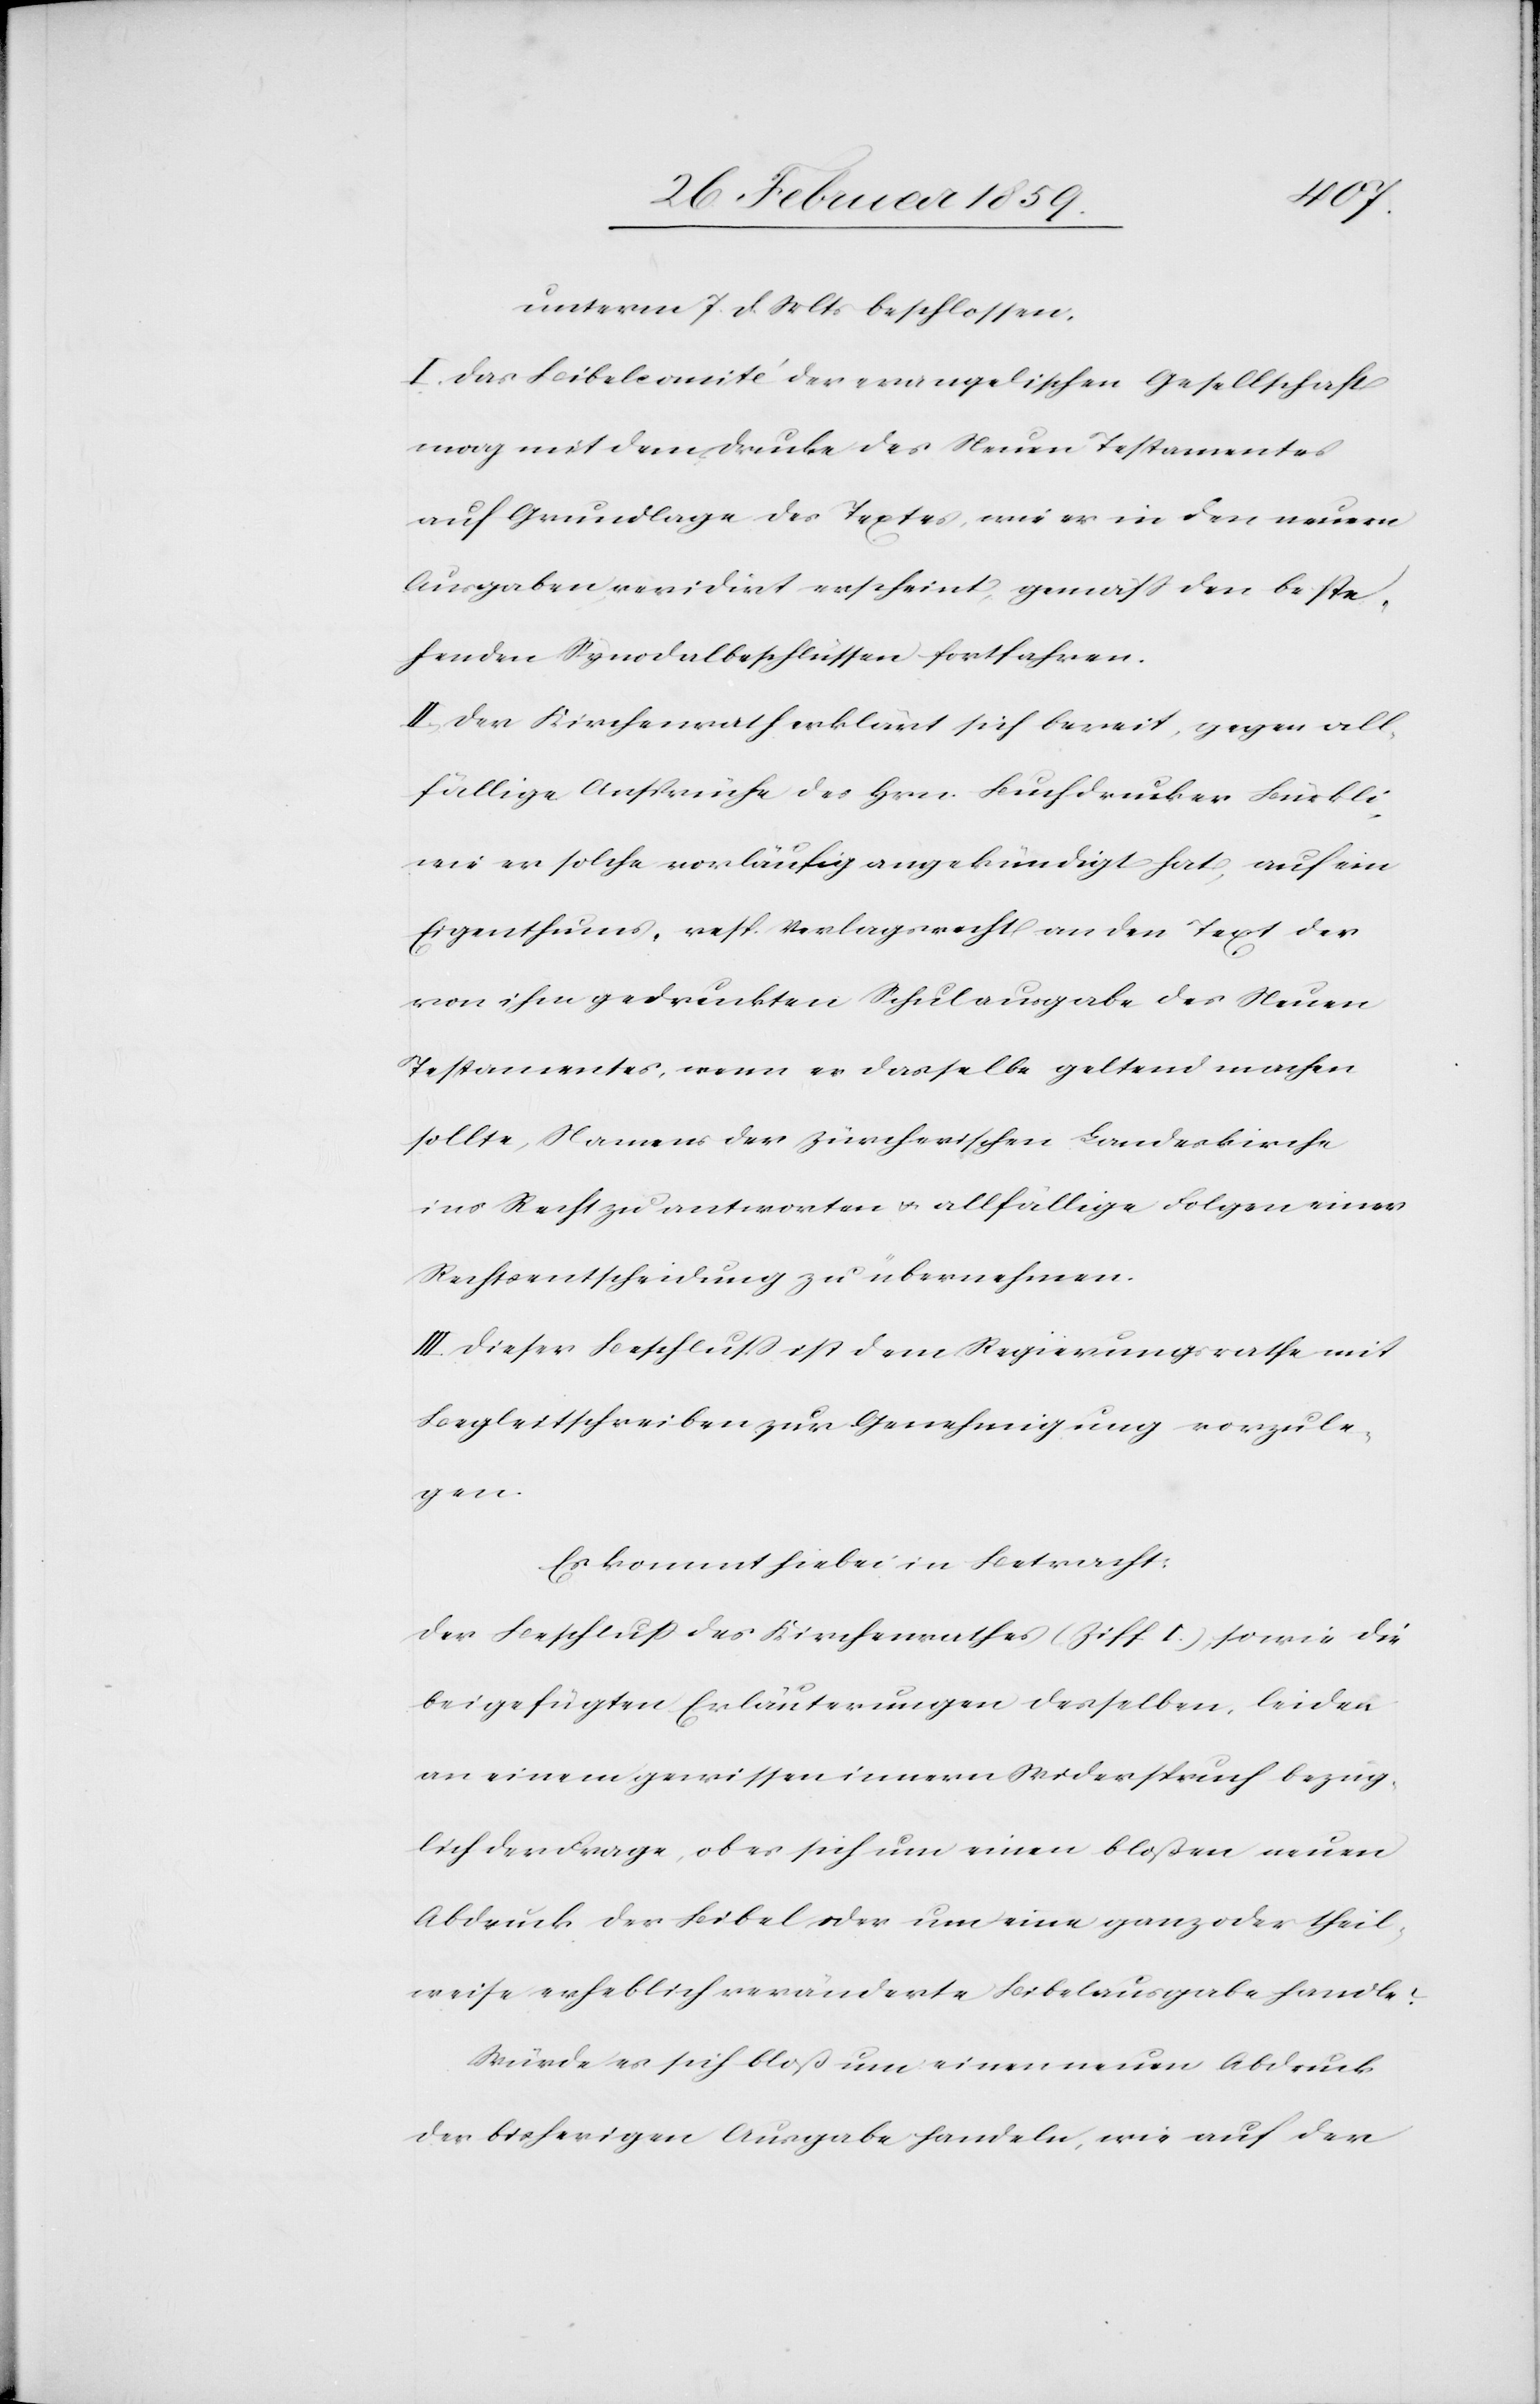
unterm 7. d. Mts beschlossen:
I. Das Bibelcomité der evangelischen Gesellschaft
mag mit dem Drucke des Neuen Testamentes
auf Grundlage des Textes, wie er in den neuern
Ausgaben revidirt erscheint, gemäß den beste¬
henden Synodalbeschlüssen fortfahren.
II. Der Kirchenrath erklärt sich bereit, gegen all¬
fällige Ansprüche des Hrn. Buchdrucker Bürkli,
wie er solche vorläufig angekündigt hat, auf ein
Eigenthums- resp. Verlagsrecht an den Text der
von ihm gedruckten Schulausgabe des Neuen
Testamentes, wenn er dasselbe geltend machen
sollte, Namens der zürcherischen Landeskirche
ins Recht zu antworten u. allfällige Folgen einer
Rechtsentscheidung zu übernehmen.
III. Dieser Beschluß ist dem Regierungsrathe mit
Begleitschreiben zur Genehmigung vorzule¬
gen.
Der Beschluß des Kirchenrathes (Ziff I.), sowie die
beigefügten Erläuterungen desselben, leiden
an einem gewissen innern Widerspruch bezüg¬
lich der Frage, ob es sich um einen bloßen neuen
Abdruck der Bibel oder um eine ganz oder theil¬
weise erheblich veränderte Bibelausgabe handle:
Würde es sich bloß um einen neuen Abdruck
der bisherigen Ausgabe handeln, wie auf der